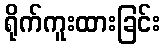
ရိုက်ကူးထားခြင်း